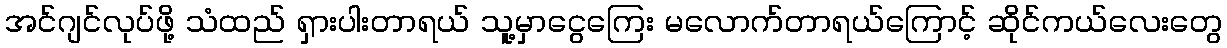
အင်ဂျင်လုပ်ဖို့ သံထည် ရှားပါးတာရယ် သူ့မှာငွေကြေး မလောက်တာရယ်ကြောင့် ဆိုင်ကယ်လေးတွေ